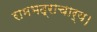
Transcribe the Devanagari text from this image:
रामभद्राचार्य।